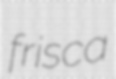
frisca